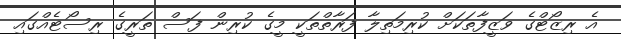
އެ ރިޒޯޓްގެ ވަޒީފާތަކަށް ކުރިމަތިލާ ފަރާތްތަކީ މީގެ ކުރިން ފަސް ތަރީގެ ރިސޯޓެއްގައި